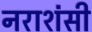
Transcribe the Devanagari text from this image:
नराशंसी